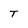
Character: T